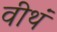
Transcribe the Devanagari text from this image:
वीथं